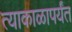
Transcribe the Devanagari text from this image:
त्याकाळापर्यंत